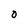
Character: O